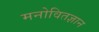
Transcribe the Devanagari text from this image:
मनोवितज्ञान